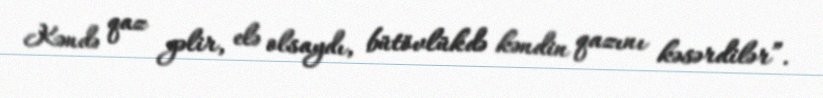
Kəndə qaz gəlir, elə olsaydı, bütövlükdə kəndin qazını kəsərdilər”.